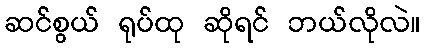
ဆင်စွယ် ရုပ်ထု ဆိုရင် ဘယ်လိုလဲ။